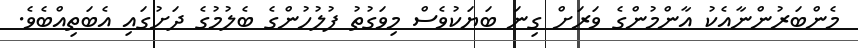
މެންބަރުންނާއެކު އާންމުންގެ ވަރަށް ގިނަ ބަޔަކުވެސް މިވަގުތު ފުލުހުންގެ ބެލުމުގެ ދަށުގައި އެބަތިއްބެވެ.